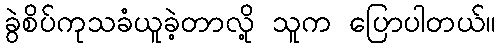
ခွဲစိပ်ကုသခံယူခဲ့တာလို့ သူက ပြောပါတယ်။